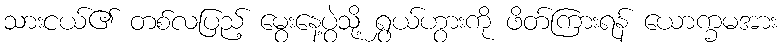
သားငယ်၏ တစ်လပြည့် မွေးနေ့ပွဲသို့ ရွှယ်ဟွားကို ဖိတ်ကြားရန် ယောက္ခမအား